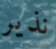
نذير